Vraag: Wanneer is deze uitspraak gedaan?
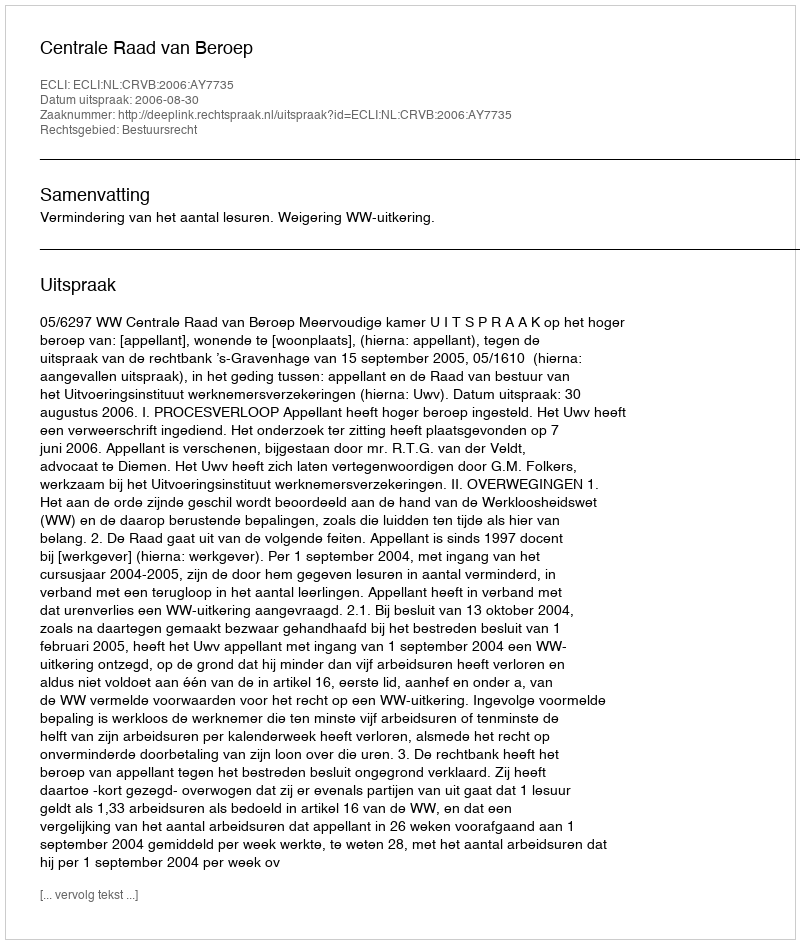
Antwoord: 2006-08-30